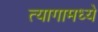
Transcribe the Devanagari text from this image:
त्यागामध्ये